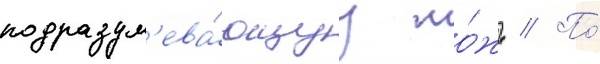
подразум'ева́ющуу ло́жь // По́